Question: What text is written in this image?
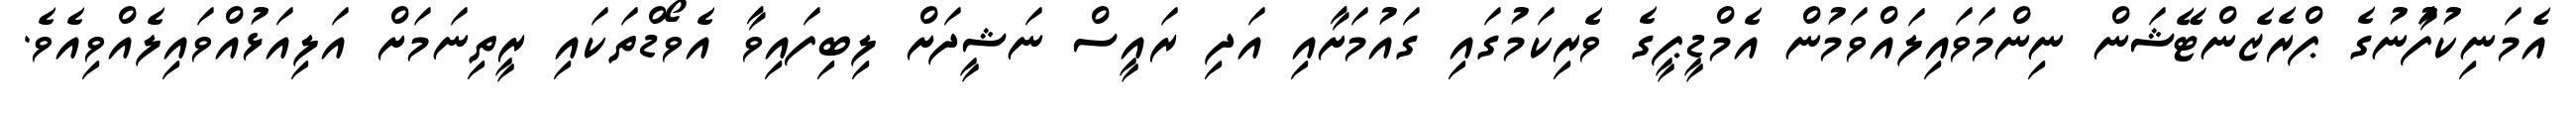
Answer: އެމަނިކުފާުނުގެ ޕްރެޒެންޓޭޝަން ނިންމަވައިލައްވަމުން އެމްޑީޕީގެ ވެރިކަމުގައި ގައުމަށާއި އަދި ރައީސް ނަޝީދަށް ލިބިފައިވާ އެވޯޑްތަކައި ރީތިނަމަށް އަލިއަޅުއްވައިލެއްވިއެވެ.